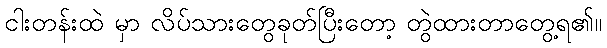
ငါးတန်းထဲ မှာ လိပ်သားတွေခုတ်ပြီးတော့ တွဲထားတာတွေ့ရ၏။